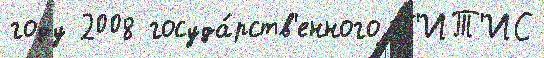
году 2008 госуда́рств'енного Г'ИТ'ИС